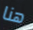
هنا